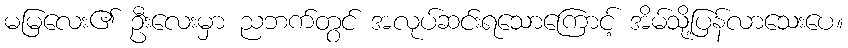
မမြလေး၏ ဦးလေးမှာ ညဘက်တွင် အလုပ်ဆင်းရသောကြောင့် အိမ်သို့ပြန်လာသေးပေ။